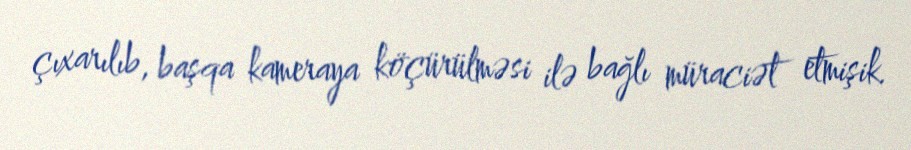
çıxarılıb, başqa kameraya köçürülməsi ilə bağlı müraciət etmişik.